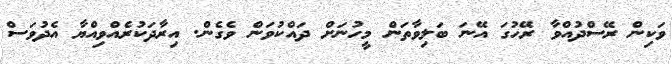
ވަކިން ރޭސްދުއްވާ ރޭހުގަ އޭނަ ބަލިވާތަން މީހުނަށް ދައްކުވަން ވެގެން. އިރާދަކުރެއްވިއްޔާ އެދުވަސް